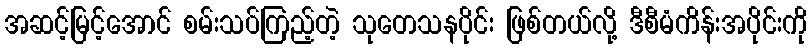
အဆင့်မြင့်အောင် စမ်းသပ်ကြည့်တဲ့ သုတေသနပိုင်း ဖြစ်တယ်လို့ ဒီစီမံကိန်းအပိုင်းကို